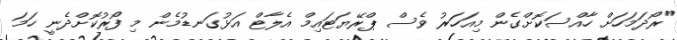
"ރޯދަމަހަށް ހާއްސަކޮށްގެން މިއަހަރު ވެސް ޕްރޭޔަޓައިމް އެލާޓް އަޅުގަނޑުމެން މި ފޯރުކޮށްދެނީ ހަމަ